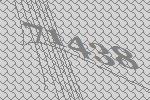
71438